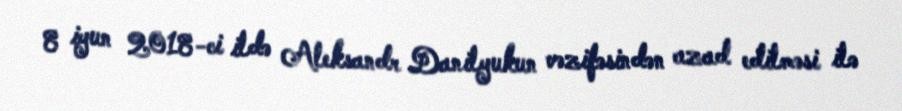
8 iyun 2018-ci ildə Aleksandr Danilyukun vəzifəsindən azad edilməsi ilə